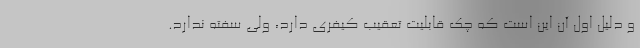
و دلیل اول آن این است که چک قابلیت تعقیب کیفری دارد، ولی سفته ندارد.